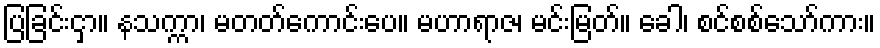
ပြခြင်းငှာ။ နသက္ကာ၊ မတတ်ကောင်းပေ။ မဟာရာဇ၊ မင်းမြတ်။ ခေါ၊ စင်စစ်သော်ကား။